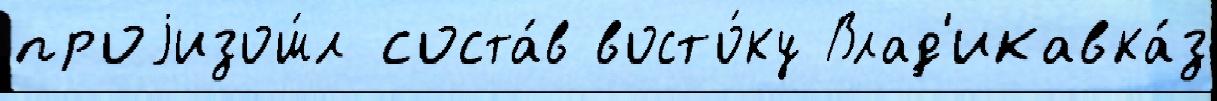
проjизош́л соста́в восто́ку Влад'икавка́з